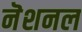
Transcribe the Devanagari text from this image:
नॆशनल